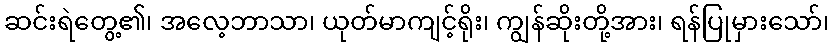
ဆင်းရဲတွေ့၏၊ အလေ့ဘာသာ၊ ယုတ်မာကျင့်ရိုး၊ ကျွန်ဆိုးတို့အား၊ ရန်ပြုမှားသော်၊